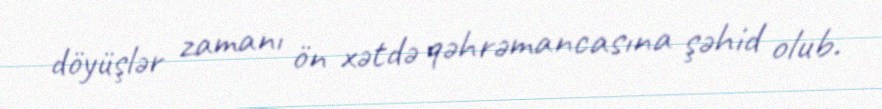
döyüşlər zamanı ön xətdə qəhrəmancasına şəhid olub.